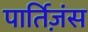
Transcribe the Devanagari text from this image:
पार्तिज़ंस